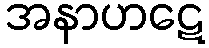
အနာဟဋေ